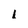
Character: 1